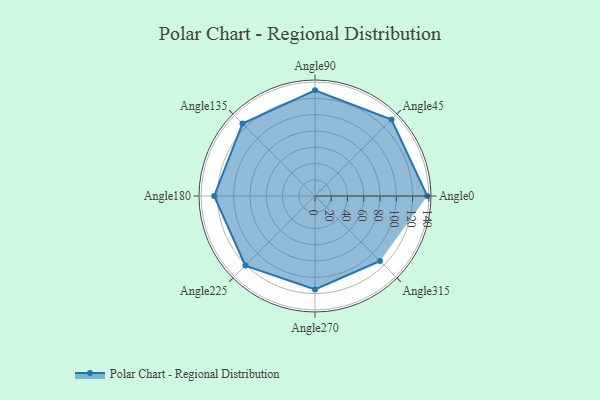
{"axis": {"x": "Angle", "y": "Radius"}, "legend": [""], "data": [{"x": "Angle0", "y": 138.0, "type": ""}, {"x": "Angle45", "y": 133.0, "type": ""}, {"x": "Angle90", "y": 130.0, "type": ""}, {"x": "Angle135", "y": 126.0, "type": ""}, {"x": "Angle180", "y": 124.0, "type": ""}, {"x": "Angle225", "y": 121.0, "type": ""}, {"x": "Angle270", "y": 115.0, "type": ""}, {"x": "Angle315", "y": 113.0, "type": ""}]}